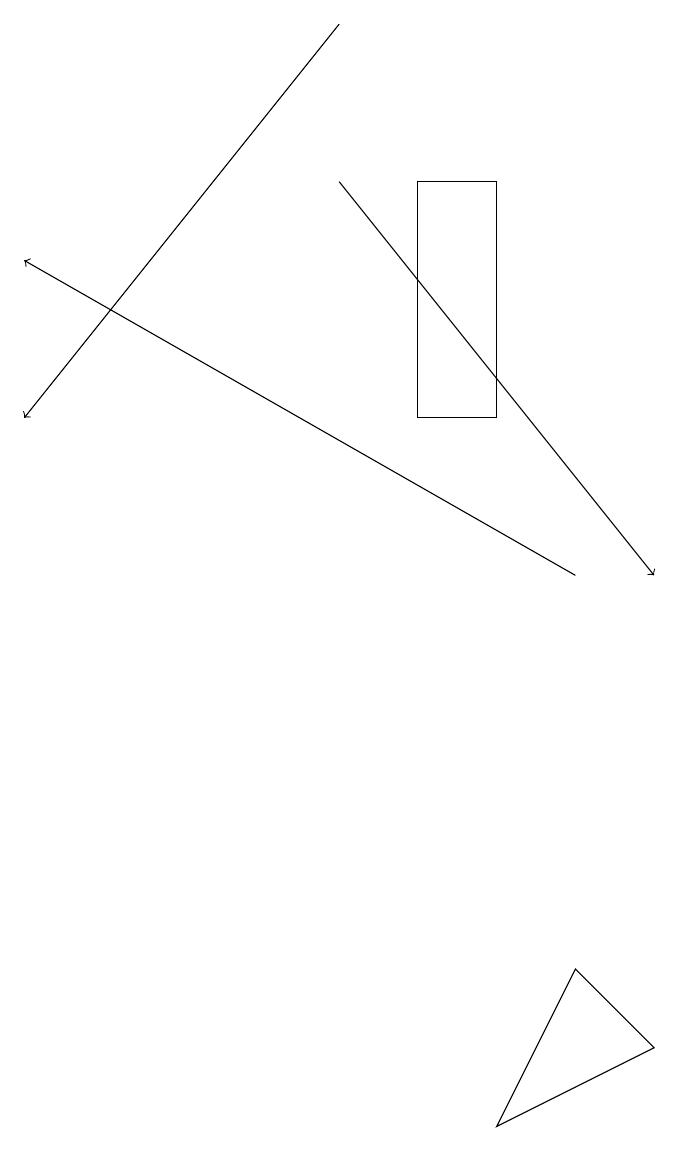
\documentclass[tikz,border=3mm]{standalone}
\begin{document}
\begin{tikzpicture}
\draw (7,3) -- (9,4) -- (8,5) -- cycle;
\draw[->] (5,17) -- (1,12);
\draw[->] (5,15) -- (9,10);
\draw (6,15) rectangle (7,12);
\draw[->] (8,10) -- (1,14);
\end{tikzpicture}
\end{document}